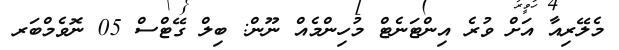
މެލޭރިއާ އަށް ވުރެ އިންޓަނެޓް މުހިންމެއް ނޫން: ބިލް ގޭޓްސް 05 ނޮވެމްބަރ